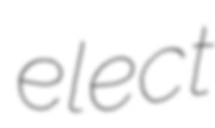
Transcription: elect